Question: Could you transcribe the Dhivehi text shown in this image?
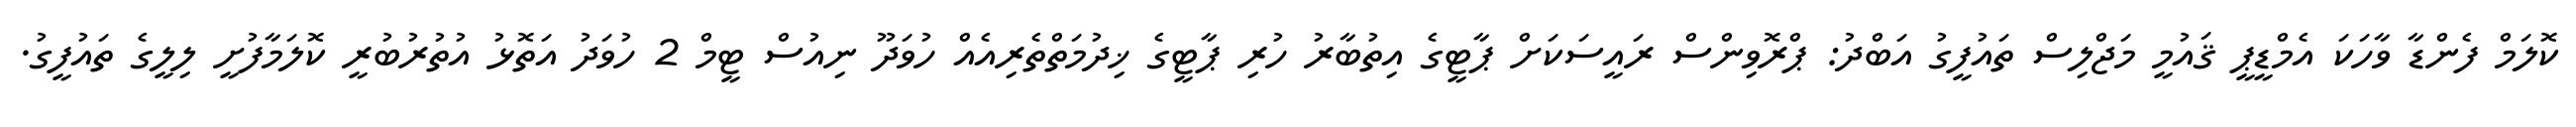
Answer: ކޮލަމް ފެންޑާ ވާހަކަ އެމްޑީޕީ ޤައުމީ މަޖްލިސް ތައުފީގު އަބްދު: ޕްރޮވިންސް ރައީސަކަށް ޕާޓީގެ އިތުބާރު ހުރި ޕާޓީގެ ޚިދުމަތްތެރިއެއް ހުވަދޫ ނިއުސް ޓީމް 2 ހުވަދު އަތޮޅު އުތުރުބުރީ ކޮލަމާފުށީ ލިލީގެ ތައުފީގު.